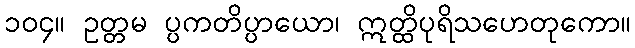
၁၀၄။ ဥတ္တမ ပ္ပကတိပ္ပာယော၊ ဣတ္ထိပုရိသဟေတုကော။